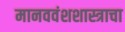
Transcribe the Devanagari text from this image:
मानववंशशास्त्राचा